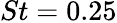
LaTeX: {St=0.25}